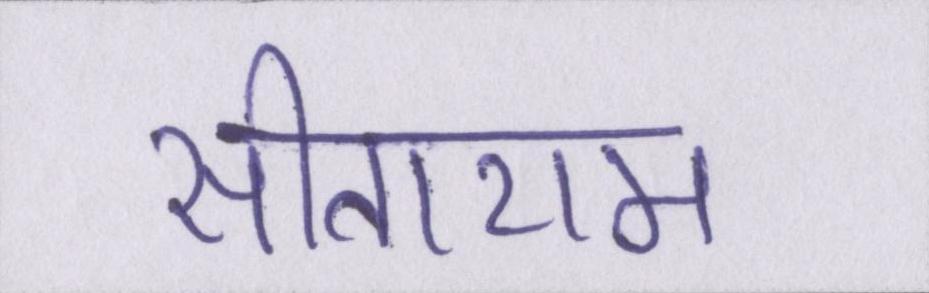
सीताराम